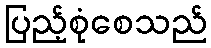
ပြည့်စုံစေသည်